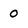
Character: 0